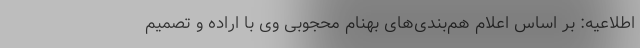
اطلاعیه: بر اساس اعلام هم‌بندی‌های بهنام محجوبی وی با اراده و تصمیم